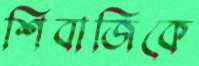
শিবাজিকে